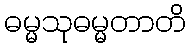
ဓမ္မသုဓမ္မတာတိ